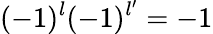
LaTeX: (-1)^{l}(-1)^{l^{\prime}}=-1